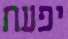
יפעת